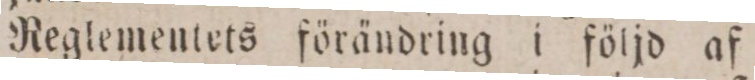
Reglementets förändring i följd af